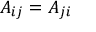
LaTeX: A _ { i j } = A _ { j i }